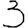
Digit: 3